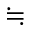
\fallingdotseq